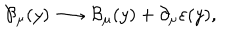
LaTeX: \mathcal { B } _ { \mu } ( y ) \longrightarrow \mathcal { B } _ { \mu } ( y ) + \partial _ { \mu } \varepsilon ( y ) ,